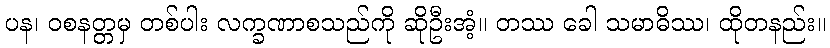
ပန၊ ဝစနတ္တမှ တစ်ပါး လက္ခဏာစသည်ကို ဆိုဦးအံ့။ တဿ ခေါ သမာဓိဿ၊ ထိုတနည်း။